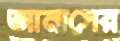
আনাসের